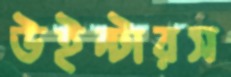
উইন্টারস